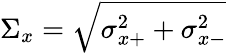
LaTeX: \Sigma_{x}=\sqrt{\sigma_{x+}^{2}+\sigma_{x-}^{2}}